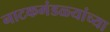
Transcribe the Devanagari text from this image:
नाटकमंडळ्यांच्या